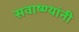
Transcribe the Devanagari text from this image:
सवाष्ण्यांनी